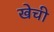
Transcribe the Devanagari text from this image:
खेची